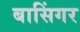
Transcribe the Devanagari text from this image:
बासिंगर